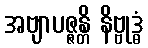
အဗျာပဇ္ဇန္တိ နိဗ္ဗုဒ္ဓံ